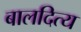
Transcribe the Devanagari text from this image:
बालदित्य